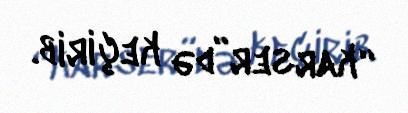
“karser”də keçirib.